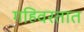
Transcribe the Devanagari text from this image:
गहिवरतात